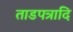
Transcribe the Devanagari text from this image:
ताडपत्रादि